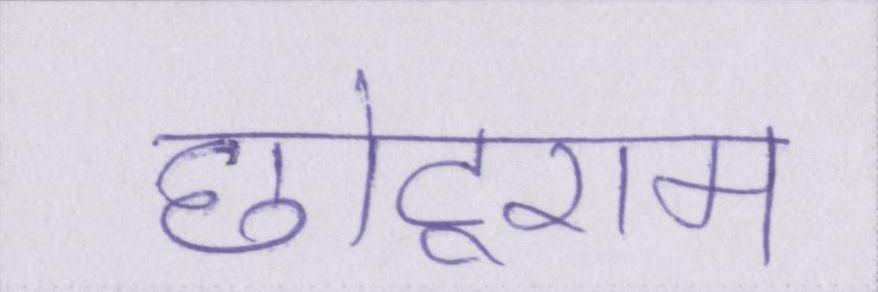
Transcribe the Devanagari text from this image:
छोटूराम